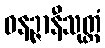
ဓနဉ္ဇာနီသုတ္တံ